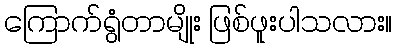
ကြောက်ရွံတာမျိုး ဖြစ်ဖူးပါသလား။